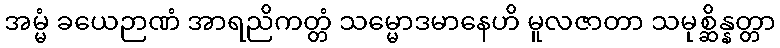
အမ္မံ ခယေဉာဏံ အာရညိကတ္တံ သမ္မောဒမာနေဟိ မူလဇာတာ သမုစ္ဆိန္နတ္တာ